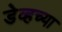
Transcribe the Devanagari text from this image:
डेव्हच्या